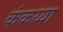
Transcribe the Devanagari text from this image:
कंकय्या